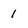
Character: 1